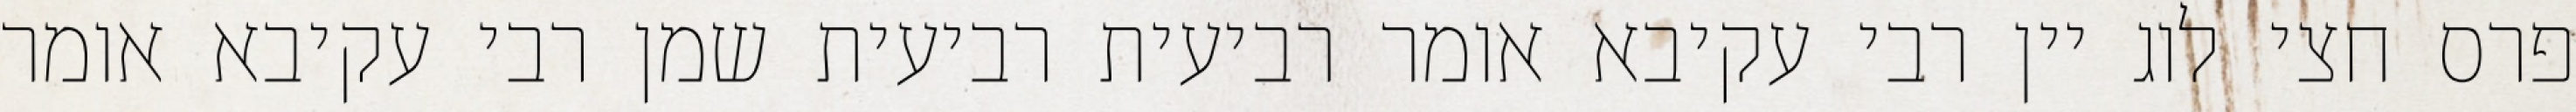
פרס חצי לוג יין רבי עקיבא אומר רביעית רביעית שמן רבי עקיבא אומר